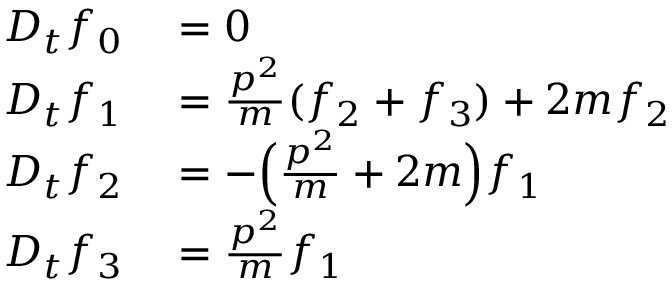
\begin{array} { r l } { D _ { t } f _ { 0 } } & { { } = 0 } \\ { D _ { t } f _ { 1 } } & { { } = \frac { p ^ { 2 } } { m } ( f _ { 2 } + f _ { 3 } ) + 2 m f _ { 2 } } \\ { D _ { t } f _ { 2 } } & { { } = - \Big ( \frac { p ^ { 2 } } { m } + 2 m \Big ) f _ { 1 } } \\ { D _ { t } f _ { 3 } } & { { } = \frac { p ^ { 2 } } { m } f _ { 1 } } \end{array}